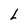
Character: L